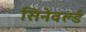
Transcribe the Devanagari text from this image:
सिनेवर्ल्ड